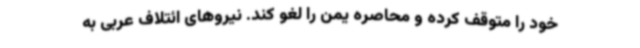
خود را متوقف کرده و محاصره یمن را لغو کند. نیروهای ائتلاف عربی به